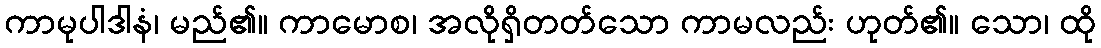
ကာမုပါဒါနံ၊ မည်၏။ ကာမောစ၊ အလိုရှိတတ်သော ကာမလည်း ဟုတ်၏။ သော၊ ထို